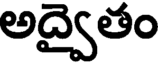
అద్వైతం